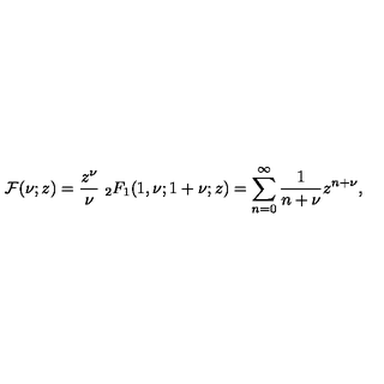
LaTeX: { \cal F } ( \nu ; z ) = \frac { z ^ { \nu } } { \nu } \ _ { 2 } F _ { 1 } ( 1 , \nu ; 1 + \nu ; z ) = \sum _ { n = 0 } ^ { \infty } \frac { 1 } { n + \nu } z ^ { n + \nu } ,